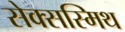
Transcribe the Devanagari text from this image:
सेक्सस्मिथ